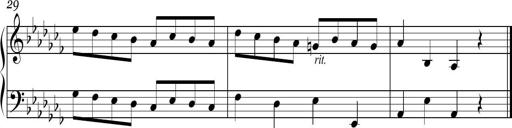
Title: Ten Piano Sonatinas
Composer: Andreas Sain